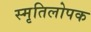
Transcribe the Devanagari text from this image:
स्मृतिलोपक